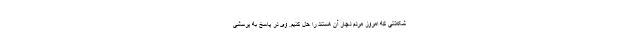
شکلاتی که امروز مردم دچار آن هستند را حل کنیم. وی در پاسخ به پرسشی